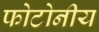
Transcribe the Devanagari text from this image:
फोटोनीय